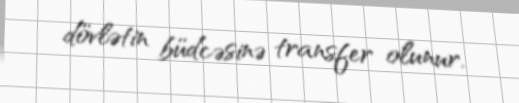
dövlətin büdcəsinə transfer olunur.